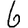
Digit: 6